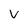
Character: V